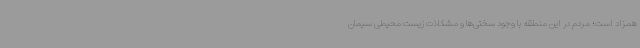
همزاد است؛ مردم در این منطقه با وجود سختی‌ها و مشکلات زیست محیطی سیمان